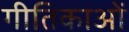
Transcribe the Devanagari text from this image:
गीतिकाओं